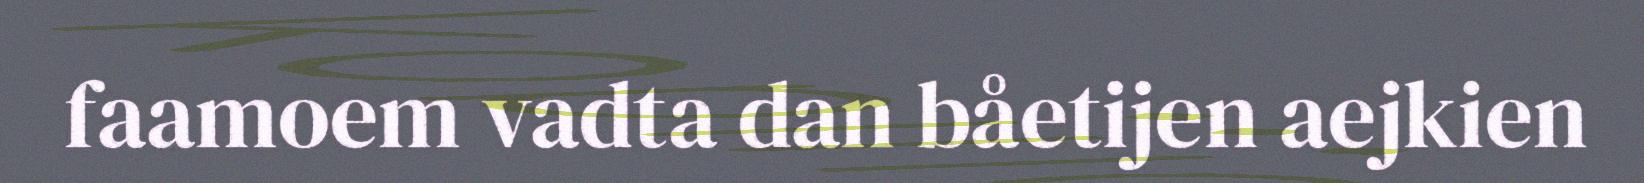
faamoem vadta dan båetijen aejkien